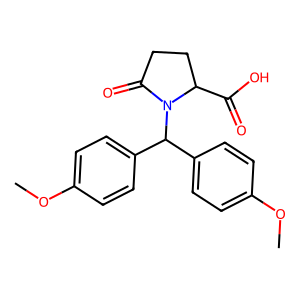
SMILES: COc1ccc(C(c2ccc(OC)cc2)N2C(=O)CCC2C(=O)O)cc1
Inhibits HIV replication: No